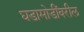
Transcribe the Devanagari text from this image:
घडामोडींवरील